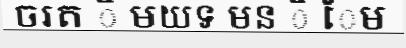
ចរត ិ មយទ មន ិ ែម